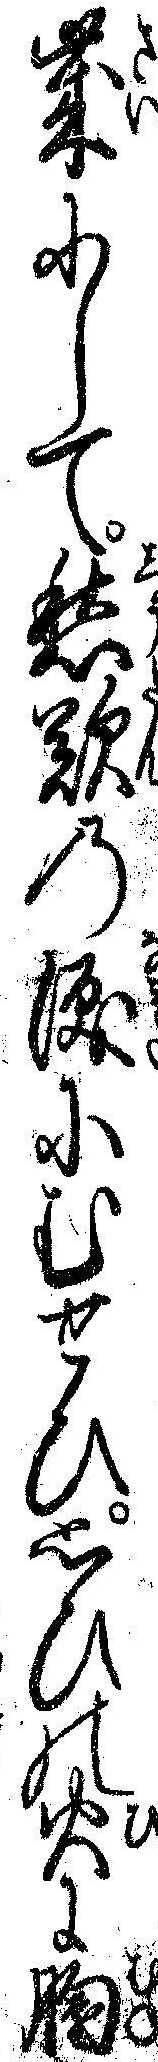
歳にして愁歎の涙にむせひ思ひの火に胸